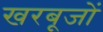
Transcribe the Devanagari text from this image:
खरबूजों